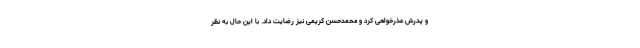
و پدرش عذرخواهی کرد و محمدحسن کریمی نیز رضایت داد. با این حال به نظر